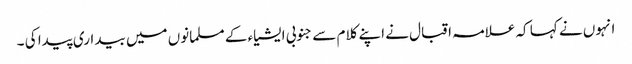
انہوں نے کہا کہ علامہ اقبال نے اپنے کلام سے جنوبی ایشیاء کے مسلمانوں میں بیداری پیدا کی ۔